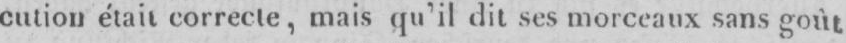
cution était correcte, mais qu’il dit ses morceaux sans goût